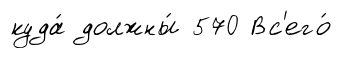
куда́ должны́ 570 Вс'его́